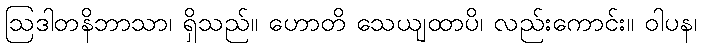
ဩဒါတနိဘာသာ၊ ရှိသည်။ ဟောတိ သေယျထာပိ၊ လည်းကောင်း။ ဝါပန၊